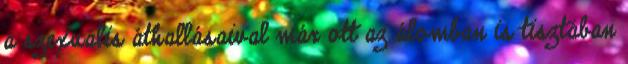
a szexuális áthallásaival már ott az álomban is tisztában